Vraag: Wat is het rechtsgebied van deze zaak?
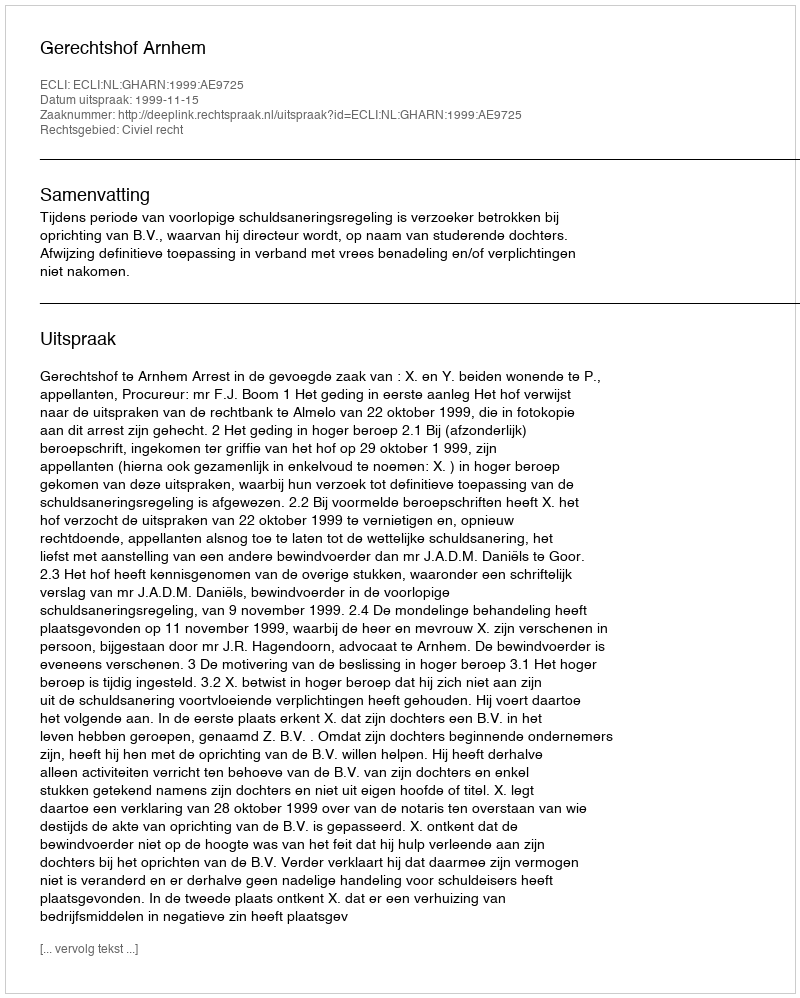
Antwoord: Civiel recht